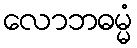
လောဘဓမ္မံ